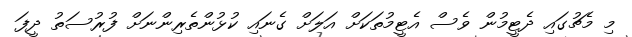
މި މެޗުގައި ދެޓީމުން ވެސް އެޓީމުތަކަށް އަލަށް ގެނައި ކުޅުންތެރިންނަށް ފުރުސަތު ދީފަ